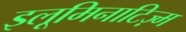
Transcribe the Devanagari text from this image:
इलूमिनाटिज़्म